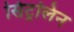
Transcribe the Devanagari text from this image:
सिट्रलिन